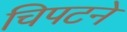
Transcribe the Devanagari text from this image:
चिपटने